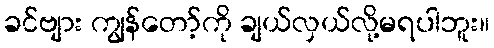
ခင်ဗျား ကျွန်တော့်ကို ချယ်လှယ်လို့မရပါဘူး။